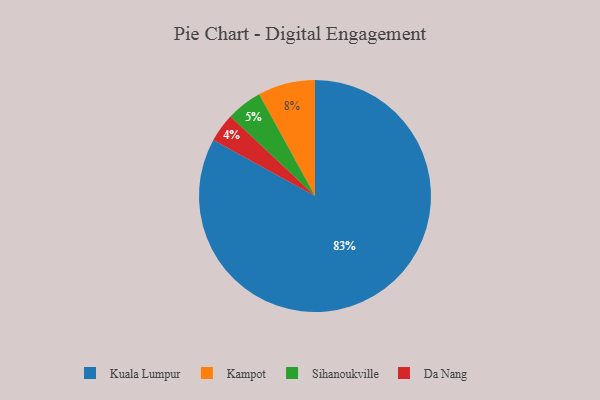
{"axis": {"x": "Category", "y": "Percentage"}, "legend": ["Da Nang", "Kampot", "Kuala Lumpur", "Sihanoukville"], "data": [{"x": "Kuala Lumpur", "y": 83, "type": "Kuala Lumpur"}, {"x": "Da Nang", "y": 4, "type": "Da Nang"}, {"x": "Sihanoukville", "y": 5, "type": "Sihanoukville"}, {"x": "Kampot", "y": 8, "type": "Kampot"}]}